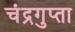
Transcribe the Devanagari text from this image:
चंद्रगुप्ता